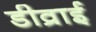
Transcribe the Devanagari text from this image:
डीव्राई